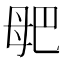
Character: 𣫰